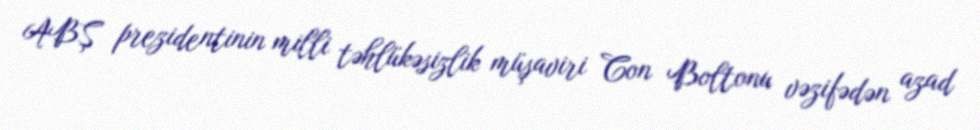
ABŞ prezidentinin milli təhlükəsizlik müşaviri Con Boltonu vəzifədən azad